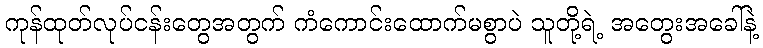
ကုန်ထုတ်လုပ်ငန်းတွေအတွက် ကံကောင်းထောက်မစွာပဲ သူတို့ရဲ့ အတွေးအခေါ်နဲ့